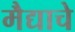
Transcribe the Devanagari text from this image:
मैद्याचे